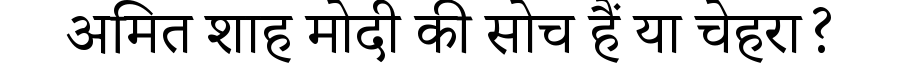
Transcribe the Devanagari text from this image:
अमित शाह मोदी की सोच हैं या चेहरा?